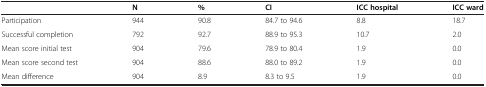
<table><thead><tr><td><b> </b></td><td><b>N</b></td><td><b>%</b></td><td><b>CI</b></td><td><b>ICC hospital</b></td><td><b>ICC ward</b></td></tr></thead><tbody><tr><td>Participation</td><td>944</td><td>90.8</td><td>84.7 to 94.6</td><td>8.8</td><td>18.7</td></tr><tr><td>Successful completion</td><td>792</td><td>92.7</td><td>88.9 to 95.3</td><td>10.7</td><td>2.0</td></tr><tr><td>Mean score initial test</td><td>904</td><td>79.6</td><td>78.9 to 80.4</td><td>1.9</td><td>0.0</td></tr><tr><td>Mean score second test</td><td>904</td><td>88.6</td><td>88.0 to 89.2</td><td>1.9</td><td>0.0</td></tr><tr><td>Mean difference</td><td>904</td><td>8.9</td><td>8.3 to 9.5</td><td>1.9</td><td>0.0</td></tr></tbody></table>